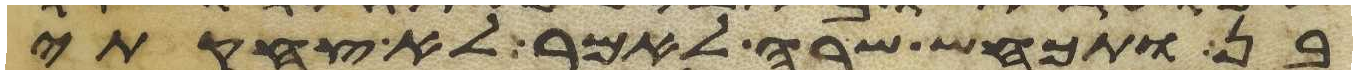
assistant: בן ותכחש שרה לאמר לא צחקתי